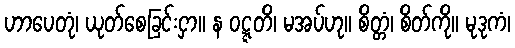
ဟာပေတုံ၊ ယုတ်စေခြင်းငှာ။ န ဝဋ္ဋတိ၊ မအပ်ဟု။ စိတ္တံ၊ စိတ်ကို။ မုဒုကံ၊